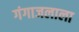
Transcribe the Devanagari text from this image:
गंगाजलाला